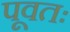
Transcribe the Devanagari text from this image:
पूवतः